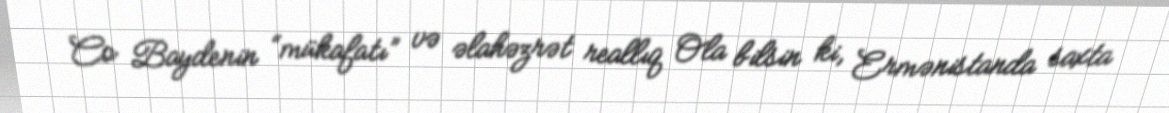
Co Baydenin “mükafatı” və əlahəzrət reallıq Ola bilsin ki, Ermənistanda saxta